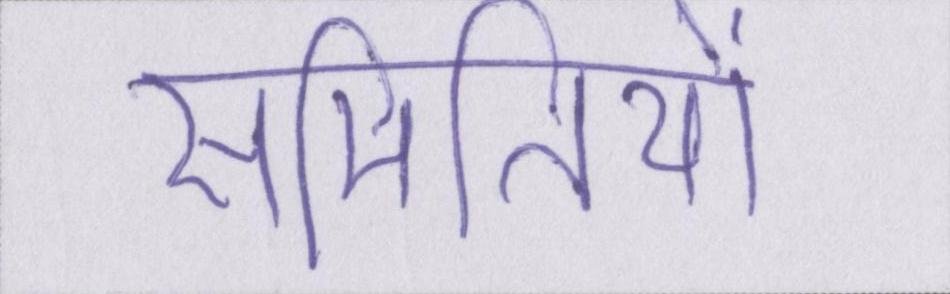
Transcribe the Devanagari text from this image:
समितियों